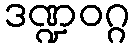
ဒဏ္ဍဝဂ္ဂ